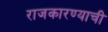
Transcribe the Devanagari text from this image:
राजकारण्याची